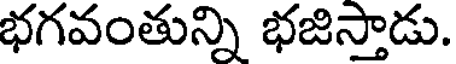
భగవంతున్ని భజిస్తాడు.